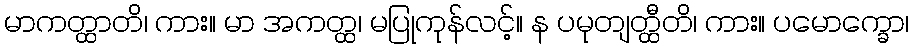
မာကတ္ထာတိ၊ ကား။ မာ အကတ္ထ၊ မပြုကုန်လင့်။ န ပမုတျတ္ထီတိ၊ ကား။ ပမောက္ခော၊